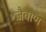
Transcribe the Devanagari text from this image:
जैबाण